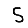
Digit: 5